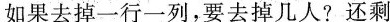
如果去掉一行一列，要去掉几人？还剩